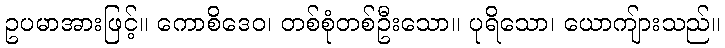
ဥပမာအားဖြင့်။ ကောစိဒေဝ၊ တစ်စုံတစ်ဦးသော။ ပုရိသော၊ ယောကျ်ားသည်။